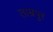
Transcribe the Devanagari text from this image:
ताम्रपुर